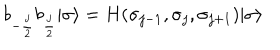
b _ { - { \frac { j } { 2 } } } b _ { { \frac { j } { 2 } } } | \sigma \rangle = H ( \sigma _ { j - 1 } , \sigma _ { j } , \sigma _ { j + 1 } ) | \sigma \rangle